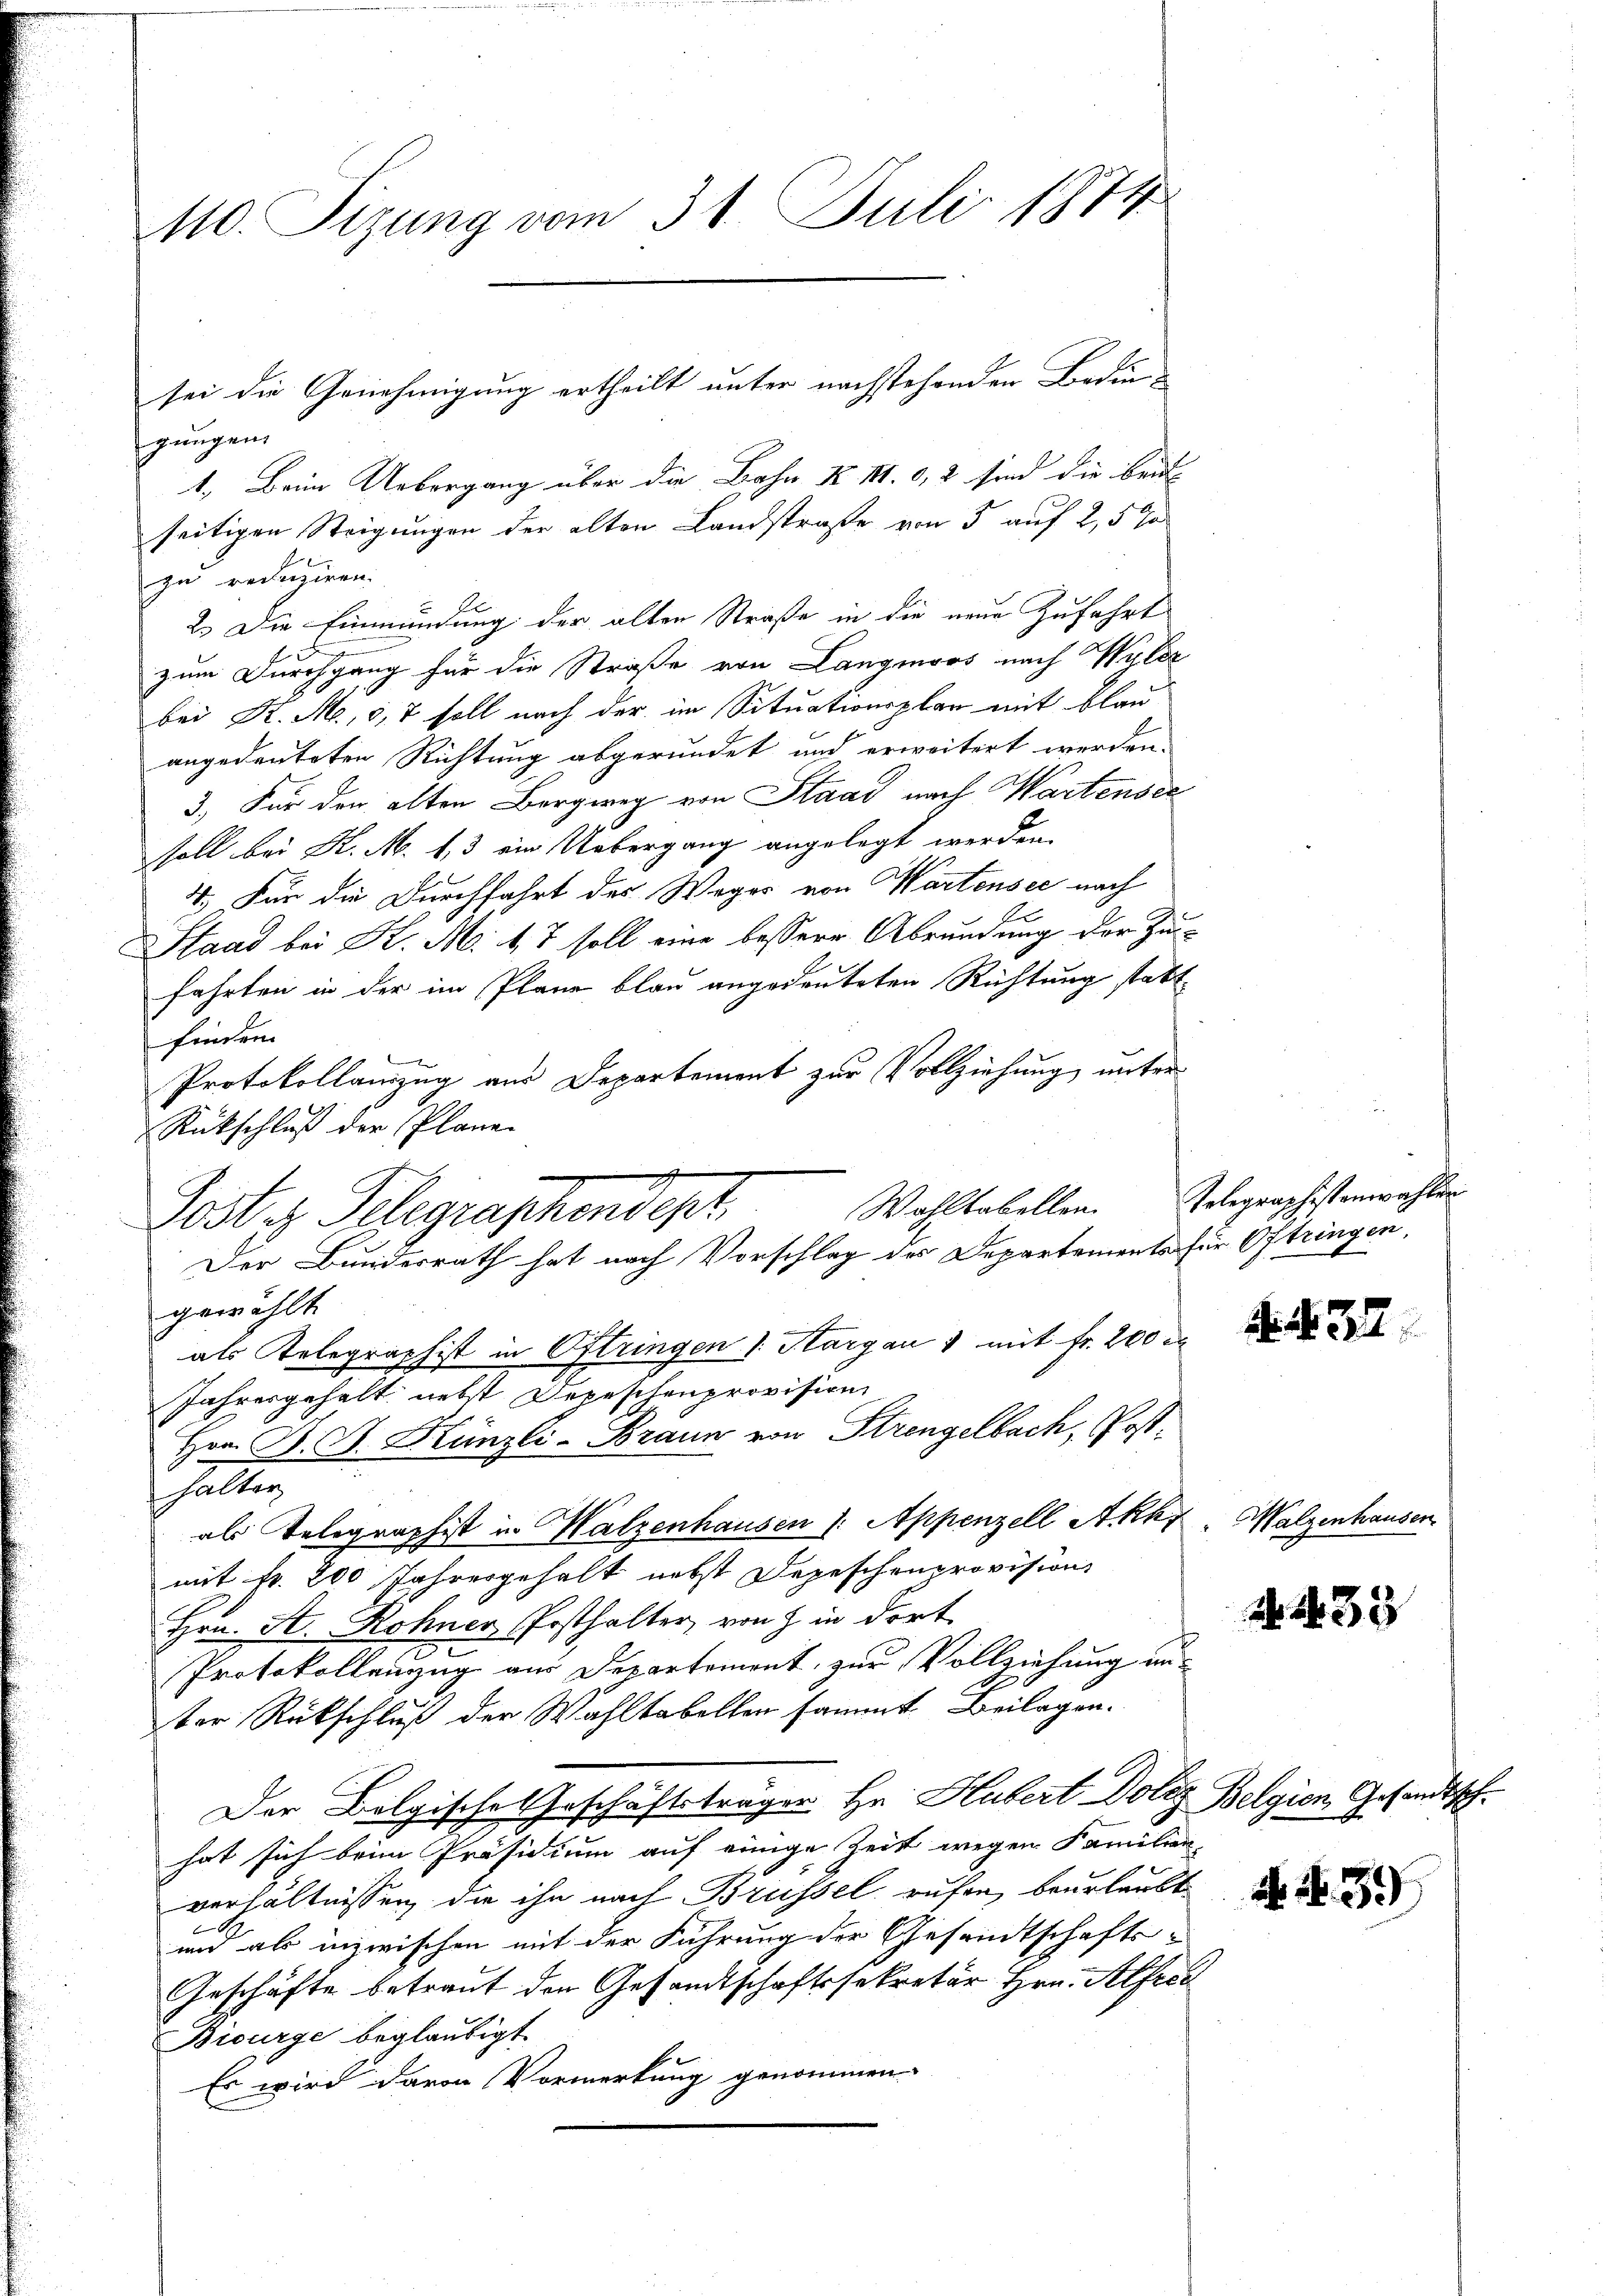
110. Sizung vom 31. Juli 1874

gungen,
1. Beim Uebergang über die Bahn K. M. 0,2 sind die brin-
seitigen Steigungen der alten Landstraße von 5 auf 2,5 %
zu reduziren.
2.) Die Einmündung der alten Straße in die neue Zufahrt
zum Durchgang für die Straße von Langmoos nach Wylez
bei R. M., 57 soll nach der im Situationsplan mit blau
angedeuteten Richtung abgerundet und erweitert werden.
3.) Für den alten Bergweg von Staat nach Wartender
soll bei K. M. 1, 3 ein Uebergang angelegt werden.
4.) Für die Durchfahrt des Weges von Wartensee nach
Stand bei K. M. 17 soll eine bessere Abrundung der Zufahrten in der im Plane blau angedeuteten Richtung statt
finden.
t
Protokollanzug aus Departement zur Vollziehung unter
Rückschluß der Plane.
Posti Gelegraphendept.
gewählt
als Relegraphist in Oftringen /: Margau 1 mit fr. 200
Jahresgehalt nebst Depeschenprovision
Hrn. B. J. Künzli-Braun von Strengelbach, Post¬
3
Halten
als Telegraphist in Walzenhausen /: Appenzell Akk
mit fr. 200 Jahresgehalt nebst Depeschenprovisions
Hrn. St. Rohner Posthalter, von J. in dort
Protokollenzug aus Departement, zur Vollziehung anter Rückschluß der Wahltabellen sammt Beilagen.
Der Bolgische Geschäftsträger Hr. Hubert Dolez Belgion, Gesandtschhat sich beim Präsidium auf einige Zeit wegen Familien
verhältnissen, die ihn nach Brüssel rufen, beurlaubt
und als inzwischen mit der Führung der Gesandtschafts-
Geschäfte betraut den Gesandtschaftssekretär Hrn. Alfred
Bwurge beglaubigt.
Es wird davon Vormerkung genommen.

sei die Genehmigung ertheilt unter nachstehenden Bedin¬

Der Bundesrath hat nach Vorschlag des Departements für Oftringen,

Wohltabellen. Telegraphistenwahlen

N. N. 32

Walzenhausen

2. 33

N. N. 3